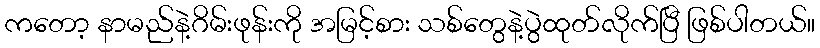
ကတော့ နာမည်နဲ့ဂိမ်းဖုန်းကို အမြင့်စား သစ်တွေနဲ့ပွဲထုတ်လိုက်ပြီ ဖြစ်ပါတယ်။